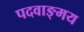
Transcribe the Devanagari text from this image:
पदवाङ्मय